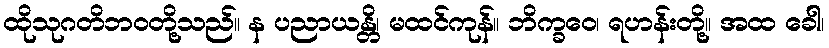
ထိုသုဂတိဘဝတို့သည်။ န ပညာယန္တိ၊ မထင်ကုန်။ ဘိက္ခဝေ၊ ရဟန်းတို့။ အထ ခေါ၊